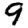
Digit: 9